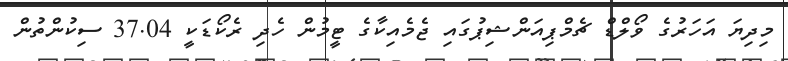
މިދިޔަ އަހަރުގެ ވޯލްޑް ޗެމްޕިއަންޝިޕުގައި ޖެމެއިކާގެ ޓީމުން ހެދި ރެކޯޑަކީ 37.04 ސިކުންތުން